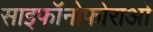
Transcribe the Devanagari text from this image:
साइफॉनोफोराओं